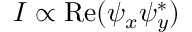
I \propto \mathrm { R e } ( \psi _ { x } \psi _ { y } ^ { * } )